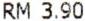
RM 3.90